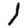
Digit: 1